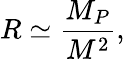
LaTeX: R\simeq\frac{M_{P}}{M^{2}},